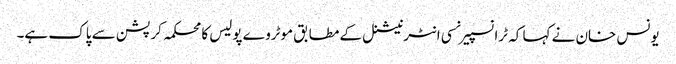
یونس خان نے کہا کہ ٹرانسپیرنسی انٹرنیشنل کے مطابق موٹروے پولیس کا محکمہ کرپشن سے پاک ہے۔